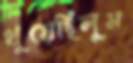
থুয়েছিলুম